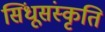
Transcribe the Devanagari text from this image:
सिंधूसंस्कृति